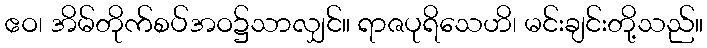
ဧဝ၊ အိမ်တိုက်စပ်အဝ၌သာလျှင်။ ရာဇပုရိသေဟိ၊ မင်းချင်းတို့သည်။